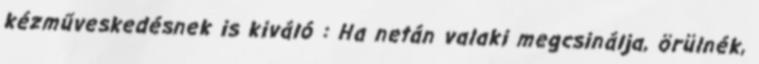
kézműveskedésnek is kiváló : Ha netán valaki megcsinálja, örülnék,